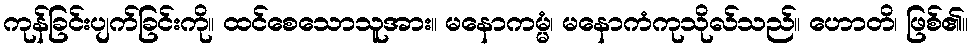
ကုန်ခြင်းပျက်ခြင်းကို။ ထင်စေသောသူအား။ မနောကမ္မံ၊ မနောကံကုသိုလ်သည်။ ဟောတိ၊ ဖြစ်၏။